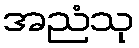
အညံသု